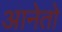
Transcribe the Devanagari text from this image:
आनेतो